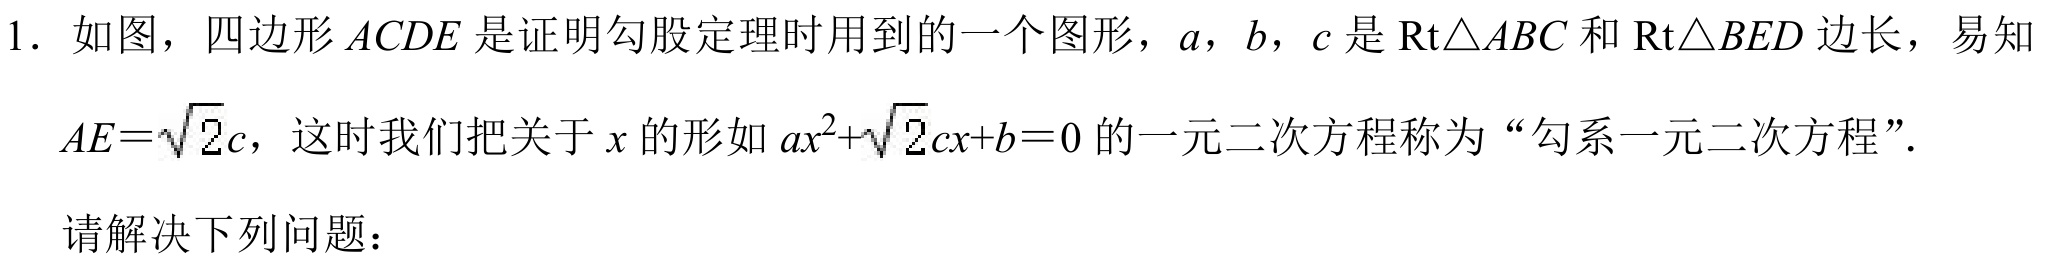
1. 如图，四边形 \(ACDE\) 是证明勾股定理时用到的一个图形，\(a\)，\(b\)，\(c\) 是 \(\text{Rt}\triangle ABC\) 和 \(\text{Rt}\triangle BED\) 边长，易知
\(AE = \sqrt{2}c\)，这时我们把关于 \(x\) 的形如 \(ax^{2}+\sqrt{2}cx + b = 0\) 的一元二次方程称为“勾系一元二次方程”.

请解决下列问题：